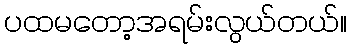
ပထမတော့အရမ်းလွယ်တယ်။